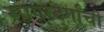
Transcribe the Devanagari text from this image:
सागरदुर्गांची